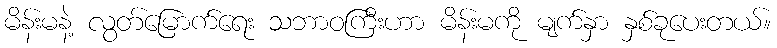
မိန်းမနဲ့ လွတ်မြောက်ရေး သဘာဝကြီးဟာ မိန်းမကို မျက်နှာ နှစ်ခုပေးတယ်။